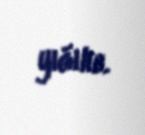
yığılıb.